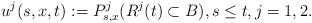
LaTeX: \begin{align*} u^j(s,x,t):=P^j_{s,x}(R^j(t)\subset B), s\leq t, j=1,2. \end{align*}